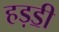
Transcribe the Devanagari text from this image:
हड़ॾी